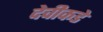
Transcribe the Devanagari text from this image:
देवीकडे